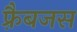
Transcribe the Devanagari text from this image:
फ़्रैबजस